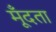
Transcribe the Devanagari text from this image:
मूँदता